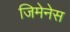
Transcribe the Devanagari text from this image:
जिमेनेस